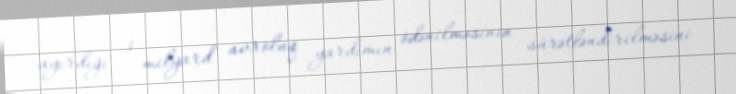
ayırdığı 3 milyard avroluq yardımın ödənilməsinin sürətləndirilməsini